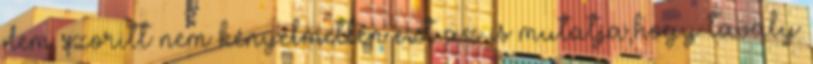
nem szoritt nem kényelmetlen ezt az is mutatja,hogy tavaly